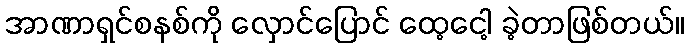
အာဏာရှင်စနစ်ကို လှောင်ပြောင် ထေ့ငေါ့ ခဲ့တာဖြစ်တယ်။